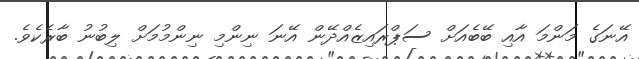
އޭނަގެ މަންމަ އާއި ބޭބެއަށް ސަޕްރައިޒެއްދޭން އޭނަ ނިންމި ނިންމުމަށް ލިބުނު ބާރެކެވެ.